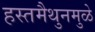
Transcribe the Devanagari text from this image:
हस्तमैथुनमुळे